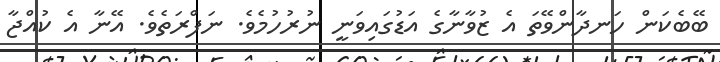
ބޭބެކަން ހަނދާންވޭތަ އެ ޒުވާނާގެ އަޑުގައިވަނީ ނުރުހުމެވެ. ނަފްރަތެވެ. އޭނާ އެ ކުއްޖާ